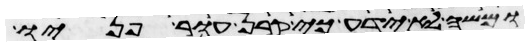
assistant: ומשה לא ידע כי קרן עור פניו